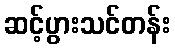
ဆင့်ပွားသင်တန်း